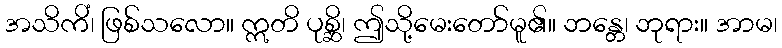
အသိကိံ၊ ဖြစ်သလော။ ဣတိ ပုစ္ဆိ၊ ဤသို့မေးတော်မူ၏။ ဘန္တေ၊ ဘုရား။ အာမ၊